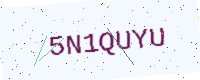
Text: 5N1QUYU